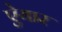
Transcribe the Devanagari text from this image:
ऐयार